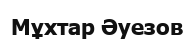
Мұхтар Әуезов